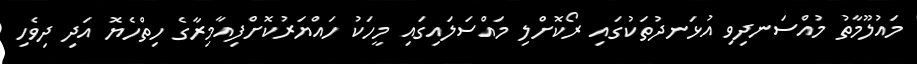
މައުލޫމާތު މުއްސަނދިވި އުޅަނދުތަކުގައި ރޯކޮށްލި މައްސަލައިގައި މީހަކު ހައްޔަރުކޮށްފިއާމިރާގެ ހިތްހެޔޮ އަދި ދިވެހި